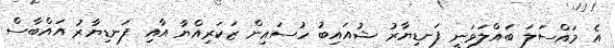
އެ މައްސަލަ ބައްލަވަނީ ފަނޑިޔާރު ޝުއައިބު ހުސައިން ޒަކަރިއްޔާ އާއި ފަނޑިޔާރު އައްބާސް